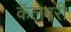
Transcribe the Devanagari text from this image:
कॅलेगरी